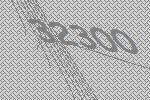
32300